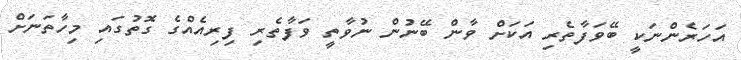
އަހަރެންނަކީ ބޭވަފާތެރި އަކަށް ވާން ބޭނުން ނުވާތީ ވަފާތެރި ފިރިއެއްގެ ގޮތުގައި މިހާތަނަށް